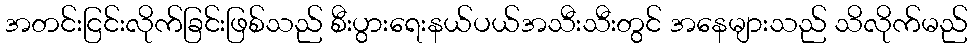
အတင်းငြင်းလိုက်ခြင်းဖြစ်သည် စီးပွားရေးနယ်ပယ်အသီးသီးတွင် အနေများသည် သိလိုက်မည်